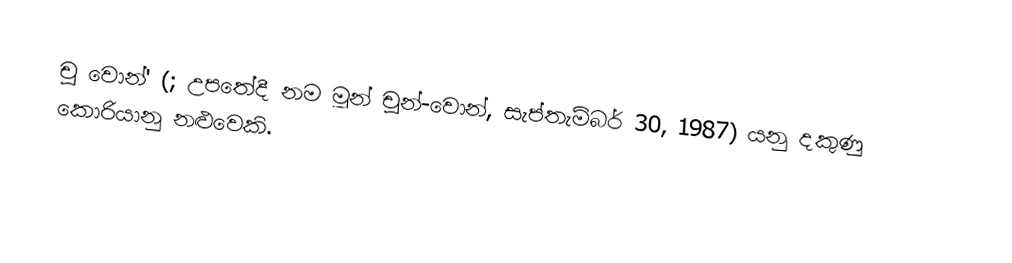
චූ වොන්' (; උපතේදී නම මූන් චුන්-වොන්, සැප්තැම්බර් 30, 1987) යනු දකුණු කොරියානු නළුවෙකි.